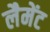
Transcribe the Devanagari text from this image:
लैमेंट